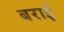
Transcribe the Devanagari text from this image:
बराई